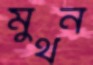
মুথন